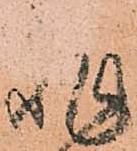
非